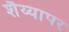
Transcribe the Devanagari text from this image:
शैय्यापर